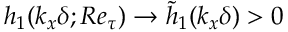
h _ { 1 } ( k _ { x } \delta ; R e _ { \tau } ) \rightarrow \tilde { h } _ { 1 } ( k _ { x } \delta ) > 0